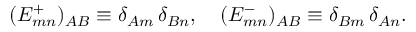
( E _ { m n } ^ { + } ) _ { A B } \equiv \delta _ { A m } \, \delta _ { B n } , \quad ( E _ { m n } ^ { - } ) _ { A B } \equiv \delta _ { B m } \, \delta _ { A n } .